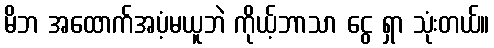
မိဘ အထောက်အပံ့မယူဘဲ ကိုယ့်ဘာသာ ငွေ ရှာ သုံးတယ်။